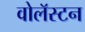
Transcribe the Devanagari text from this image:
वोलॅस्टन